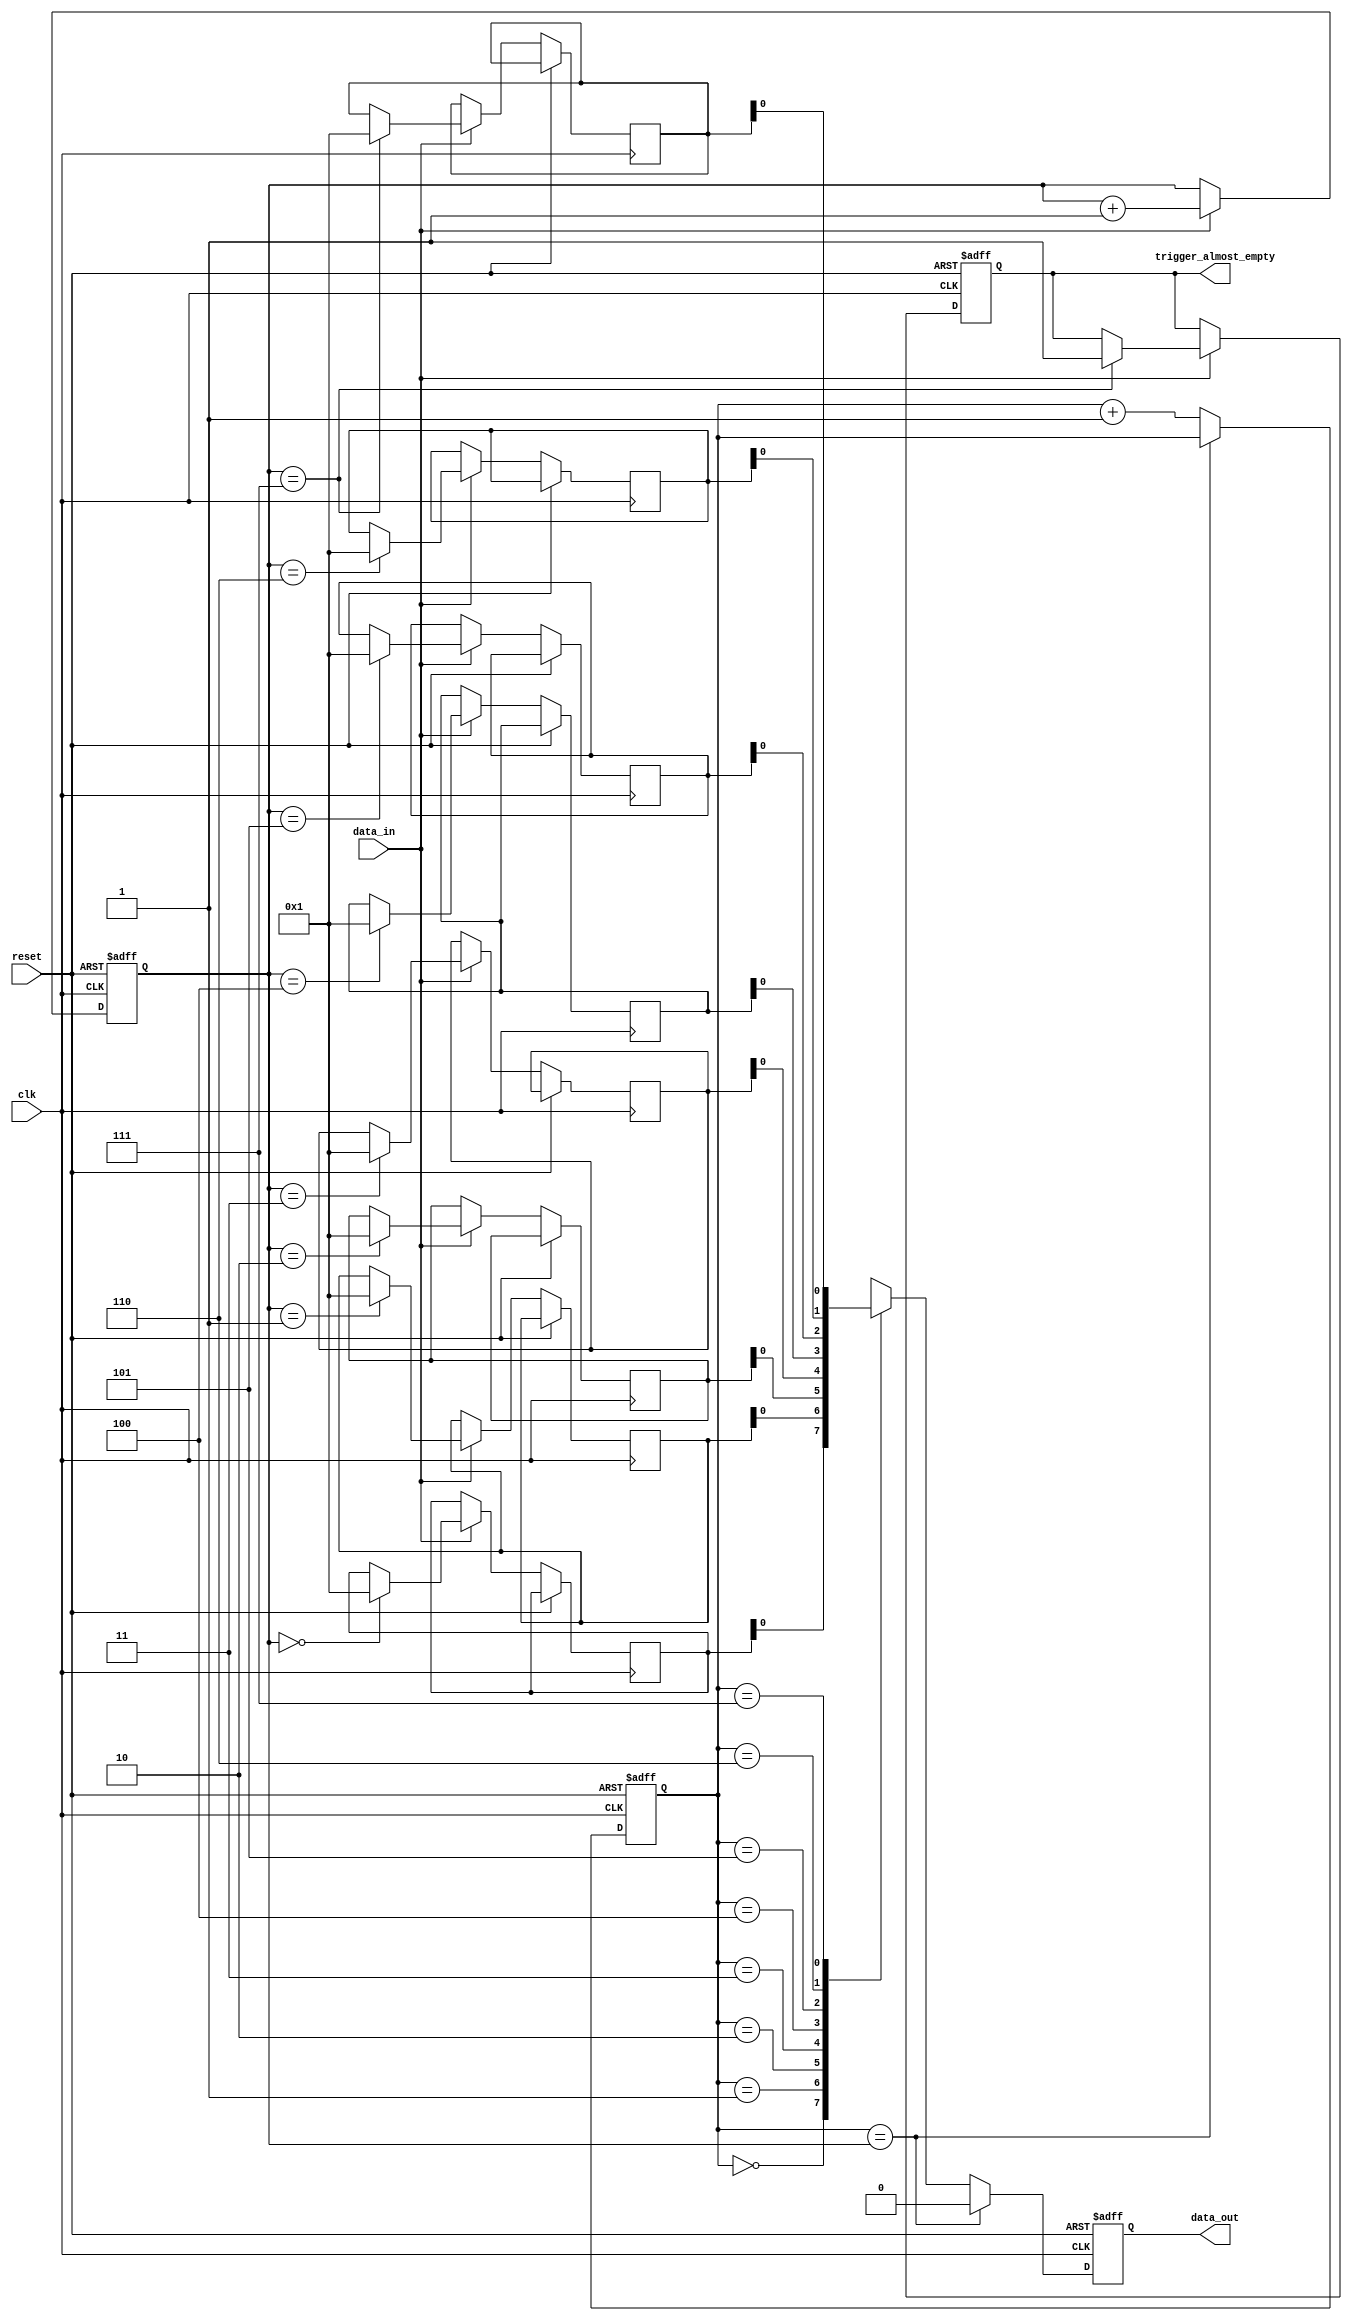
module AlmostEmptyFIFO (
  input wire clk,
  input wire reset,
  input wire data_in,
  output reg data_out,
  output reg trigger_almost_empty
);

parameter BUFFER_SIZE = 8;
reg [7:0] fifo_buffer [0:BUFFER_SIZE-1];
reg [2:0] write_ptr, read_ptr;

always @(posedge clk or posedge reset) begin
  if (reset) begin
    write_ptr <= 0;
    read_ptr <= 0;
    data_out <= 0;
    trigger_almost_empty <= 0;
  end else begin
    if (data_in) begin
      fifo_buffer[write_ptr] <= data_in;
      write_ptr <= write_ptr + 1;
      if (write_ptr == BUFFER_SIZE - 1) begin
        trigger_almost_empty <= 1;
      end
    end
    
    if (read_ptr == write_ptr) begin
      data_out <= 0;
    end else begin
      data_out <= fifo_buffer[read_ptr];
      read_ptr <= read_ptr + 1;
    end
  end
end

endmodule